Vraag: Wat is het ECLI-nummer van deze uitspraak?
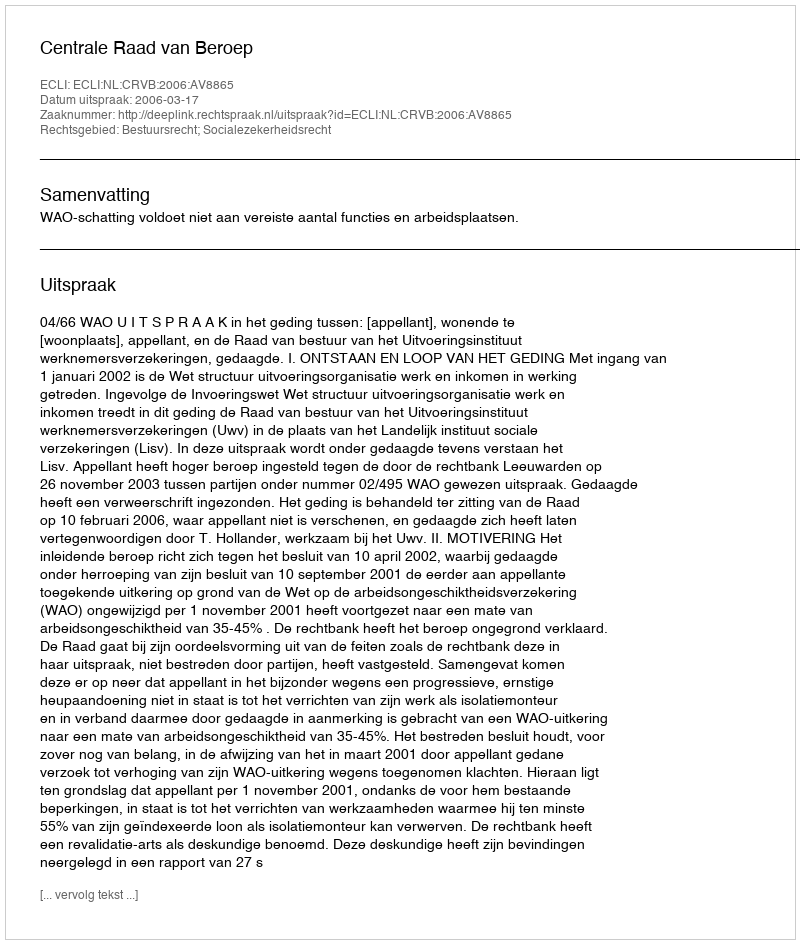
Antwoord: ECLI:NL:CRVB:2006:AV8865